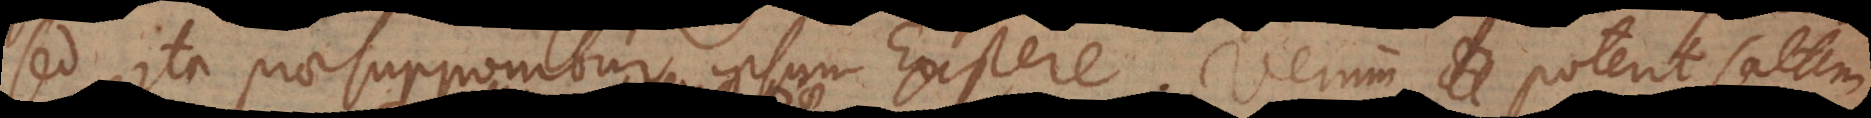
sed ita praesupponitur ipsum Existere. Verum poterit saltem